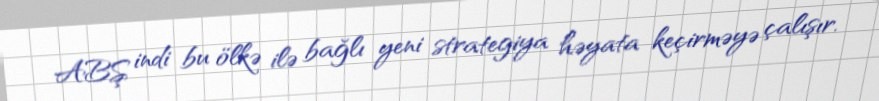
ABŞ indi bu ölkə ilə bağlı yeni strategiya həyata keçirməyə çalışır.